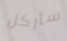
سأركل